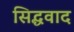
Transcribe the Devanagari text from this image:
सिद्धवाद